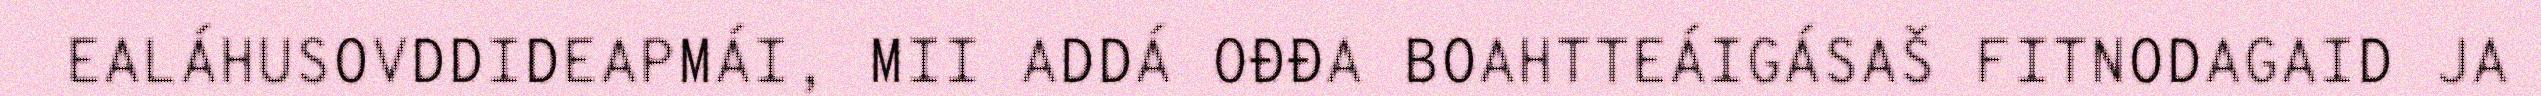
EALÁHUSOVDDIDEAPMÁI, MII ADDÁ OĐĐA BOAHTTEÁIGÁSAŠ FITNODAGAID JA